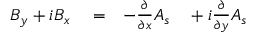
\begin{array} { r l r l } { B _ { y } + i B _ { x } } & { { } = } & { - \frac { \partial } { \partial x } A _ { s } } & { { } + i \frac { \partial } { \partial y } A _ { s } } \end{array}